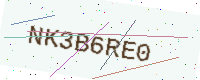
Text: NK3B6RE0